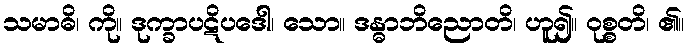
သမာဓိ၊ ကို။ ဒုက္ခာပဋိပဒေါ၊ သော။ ဒန္ဓာဘိညောတိ၊ ဟူ၍။ ဝုစ္စတိ၊ ၏။